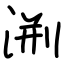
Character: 渆